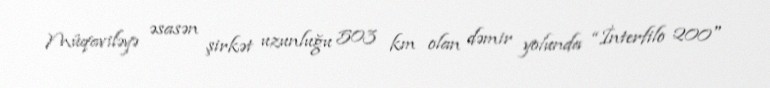
Müqaviləyə əsasən şirkət uzunluğu 503 km olan dəmir yolunda “İnterfilo 200"